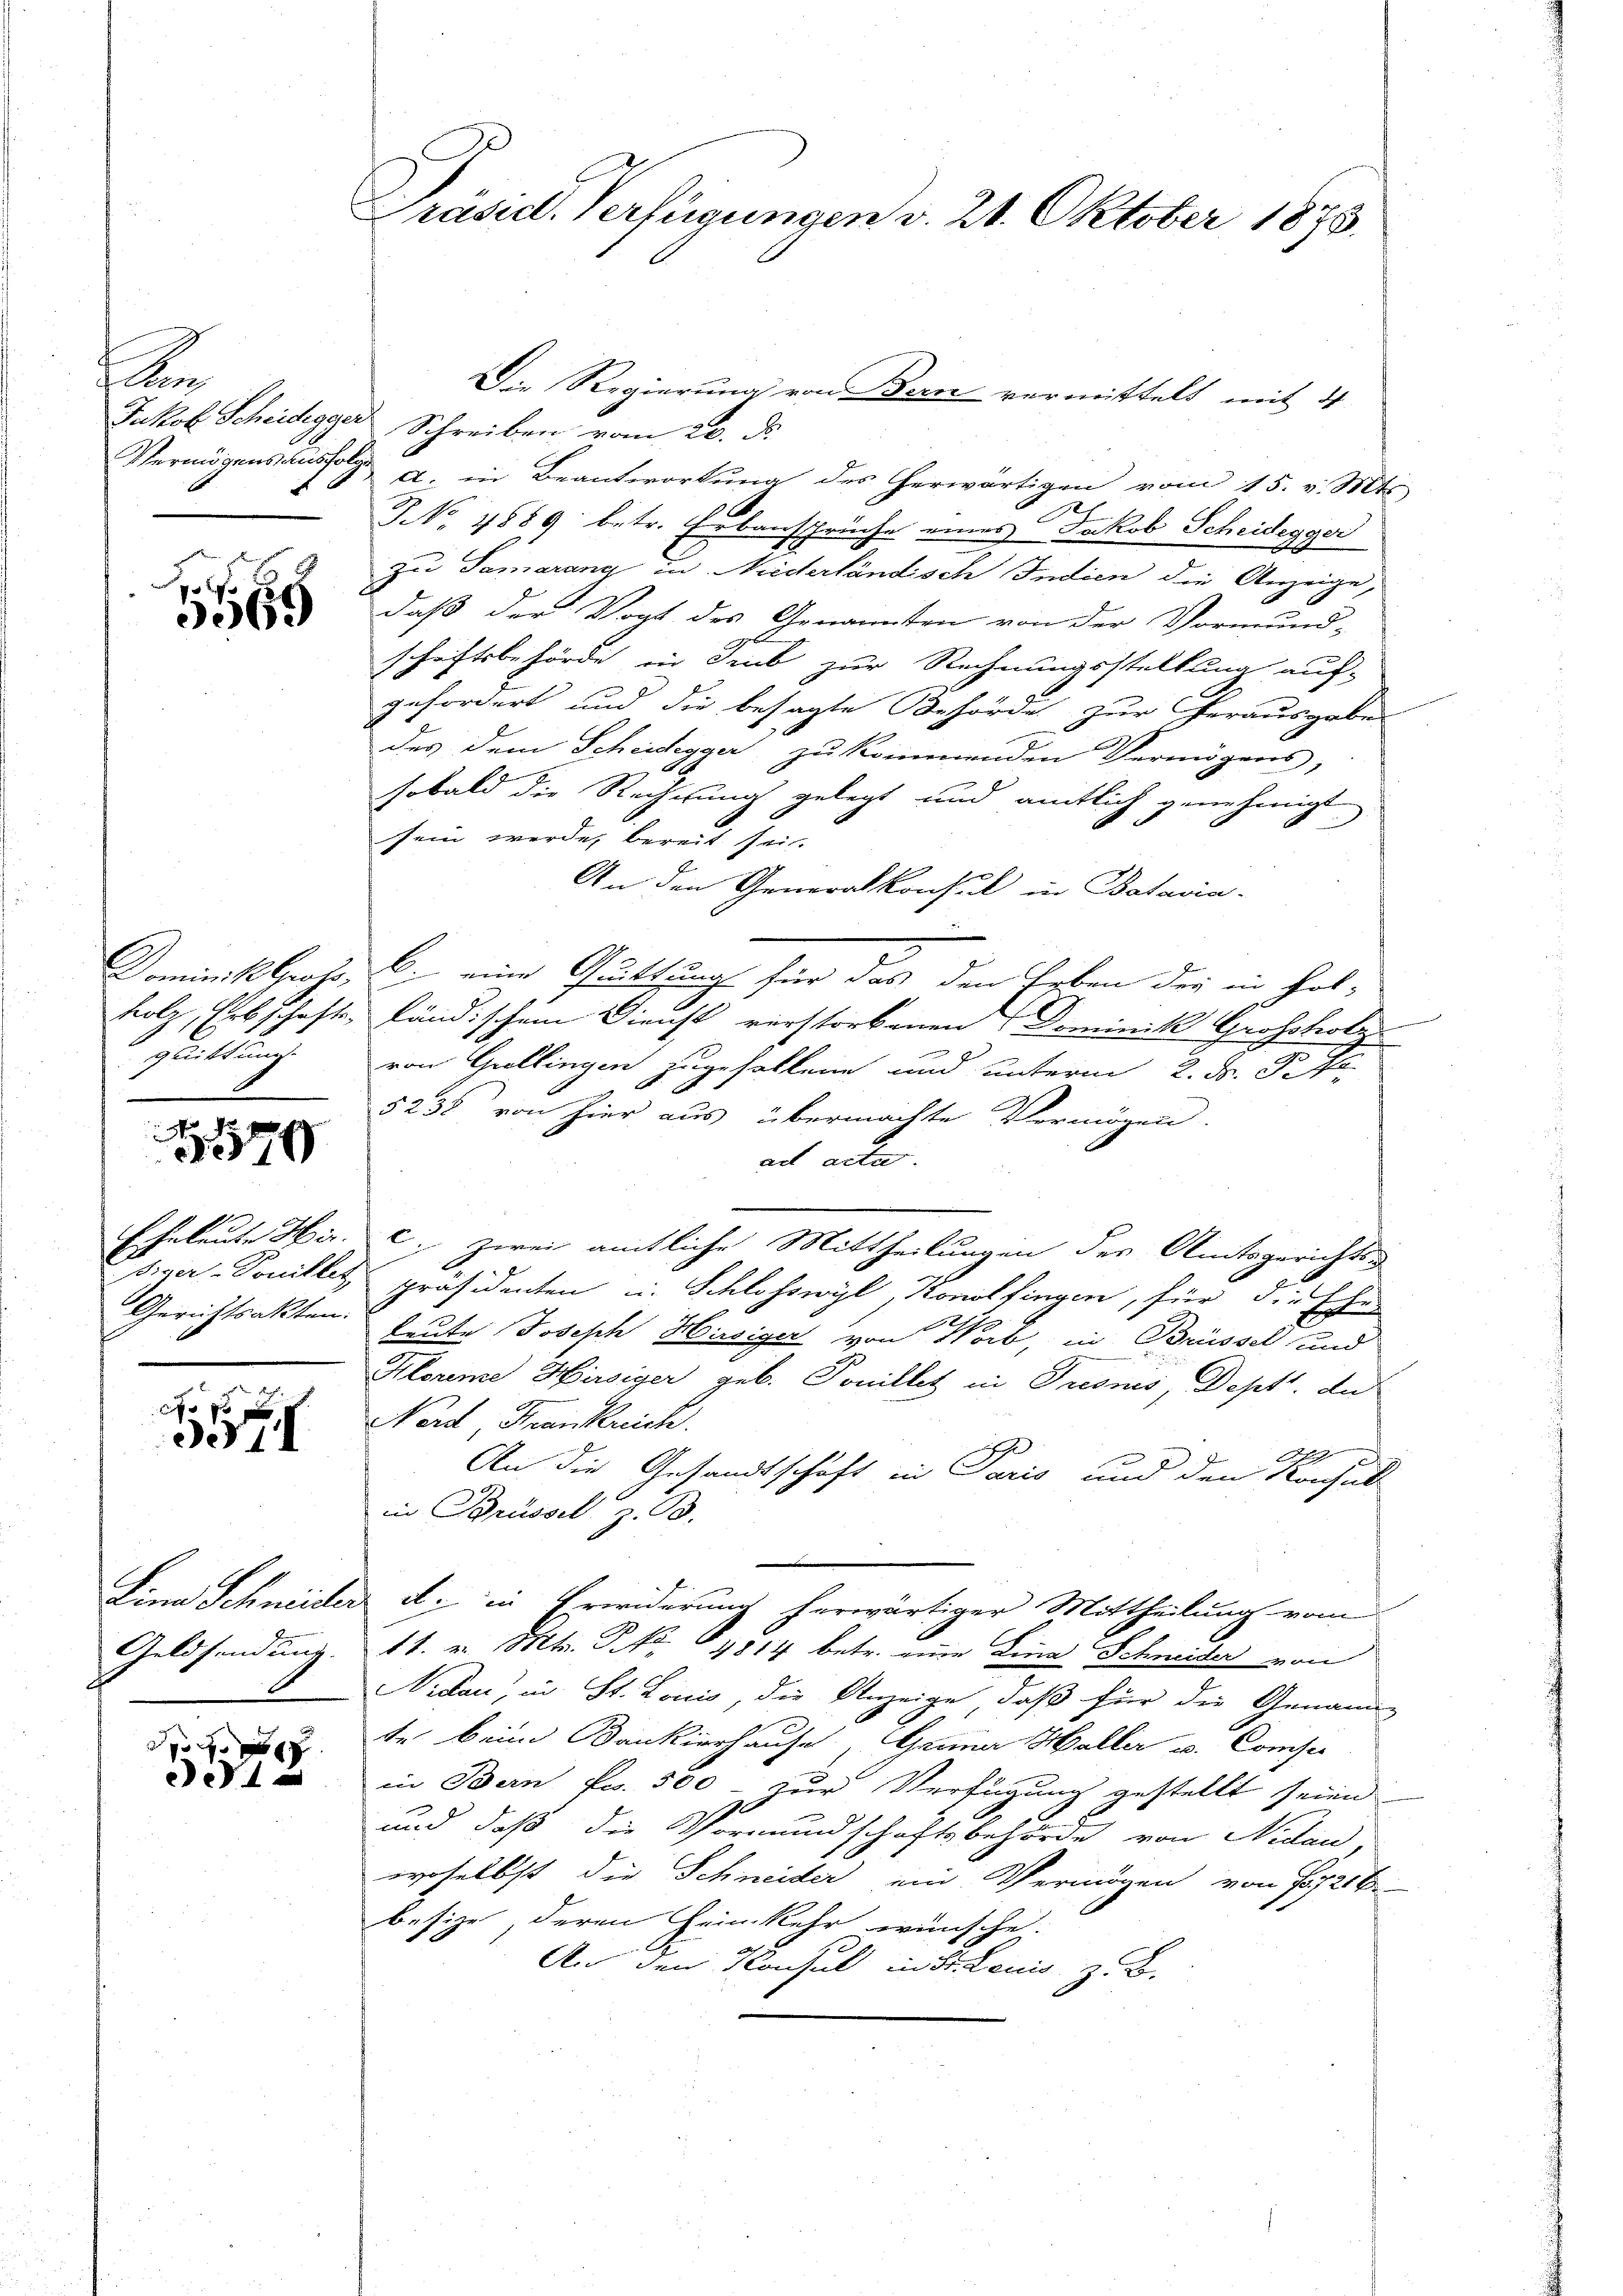
n
Jakob Scheidegger
Vermögens ausfolg.

15569

Dominis lots,
holz, Erbschafts-
quittung

179

Eheleute Hir
ßiner-Touilles,
Gerichtsakten.

397

Lina Schneider
Geldsendung.

d
4

Präsid. Verfügungen v. 21. Oktober 1873.

Die Regierung von Bern vermittelt mit 4
Schreiben vom 20. d.
A. in Beantwortung des herwärtigen vom 15. v. Mts.
Sch
7 No 4889 betr. Erbansprüche eines Jakob Scheidegger
zu Samarang in Niderländisch Indien die Anzeige,
daß der Vogt des Genannten von der Vormund-
schaftsbehörde in Trub zur Rechnungsstellung auf-
gefordert und die besagte Behörde zur Herausgabe
des dem Scheidegger zu kommenden Vermögens-
sobald die Rechnung gelegt und amtlich genehmigt
sein werde, bereit sei.
An den Generalkonsul in Batavia-
b. eine Guttung für das den Erben der in Fol-
ländischem Dienst verstorbenen Dominik Grossholz
von Grellingen zugefallene und unterm 2. d. d. J.
5238 von hier aus übermachte Vermögen.
ad acta.
C) zwei amtliche Mittheilungen des Amtsgerichts-
präsidenten u. Schlosswyl, Konolfingen, für die Ehe
Leute Joseph Hüssiger von Worb, in Brüssel und
Klorene Hirsiger geb. Ponillet in Tresnes, Deptt. An
Nerd Frankreich.
An die Gesandtschaft in Paris und den Konhalt
in Brüssel B.
d. in Erwiderung herwärtiger Mittheilung vom
11. v. Mts. P. Nr. 1814 betr. eine Lina Schneider von
Nidau, in St. Louis, die Anzeige, daß für die Genann
te beim Bankierhause, Ganna Haller u. Comtes
in Bern Fr. 500 - zur Verfügung gestellt seien
und daß die Vormundschaftsbehörde von Nidau
woselbst die Schneider ein Vermögen von f 21 b
besize, deren Heimkehr wünsche.
An den Konsul in St. Louis z. B.